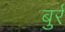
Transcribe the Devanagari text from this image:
बुर्र